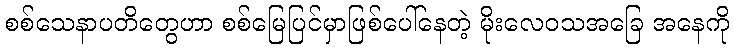
စစ်သေနာပတိတွေဟာ စစ်မြေပြင်မှာဖြစ်ပေါ်နေတဲ့ မိုးလေဝသအခြေ အနေကို